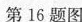
第16题图